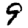
Digit: 9